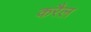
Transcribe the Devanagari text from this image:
करैल